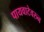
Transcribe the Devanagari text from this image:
पायवाटेवरुन